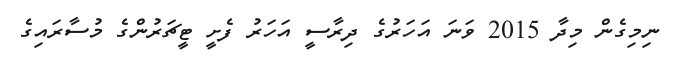
ނިމިގެން މިދާ 2015 ވަަނަ އަަހަރުގެ ދިރާސީ އަހަރު ފެށީ ޓީޗަރުންގެ މުސާރައިގެ